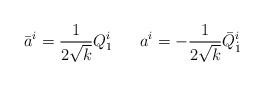
\begin{align*}\bar a^i= {1 \over 2\sqrt{k}} Q_{1}^i \ \ \ \ \ a^i=-{1 \over 2\sqrt{k}} \bar Q_{\dot 1}^i\end{align*}